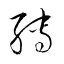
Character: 縛